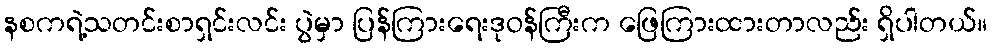
နစကရဲ့သတင်းစာရှင်းလင်း ပွဲမှာ ပြန်ကြားရေးဒုဝန်ကြီးက ဖြေကြားထားတာလည်း ရှိပါတယ်။